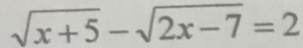
\sqrt { x + 5 } - \sqrt { 2 x - 7 } = 2